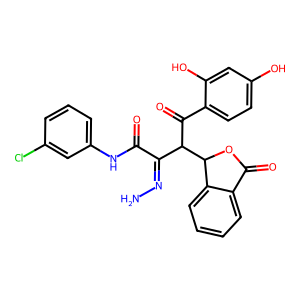
SMILES: NN=C(C(=O)Nc1cccc(Cl)c1)C(C(=O)c1ccc(O)cc1O)C1OC(=O)c2ccccc21
Inhibits HIV replication: No